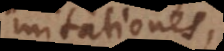
mitationes,